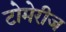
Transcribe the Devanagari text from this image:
टोमेरीज